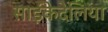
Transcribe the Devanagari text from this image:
साईंकेदेलिया